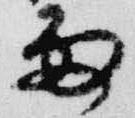
雨